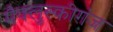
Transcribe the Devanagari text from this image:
मैक्लुस्कीगंज